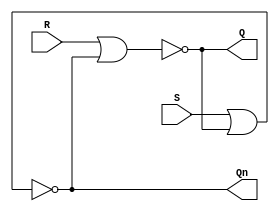
module sr_latch (

input R, 
input S, 
output Q, 
output Qn
);

nor (Q, R, Qn);
nor (Qn, S, Q);

endmodule